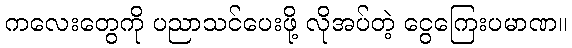
ကလေးတွေကို ပညာသင်ပေးဖို့ လိုအပ်တဲ့ ငွေကြေးပမာဏ။